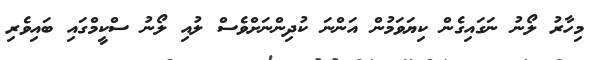
މިހާރު ލޯނު ނަގައިގެން ކިޔަވަމުން އަންނަ ކުދިންނަށްވެސް ލުއި ލޯނު ސްކީމްގައި ބައިވެރި